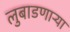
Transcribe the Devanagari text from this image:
लुबाडणाऱ्या